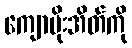
ကျောပိုးအိတ်ကို